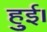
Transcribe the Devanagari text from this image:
हुुुुई।